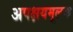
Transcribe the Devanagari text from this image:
अपक्षयमूलक